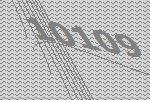
10109